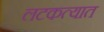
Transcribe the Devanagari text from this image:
लटकत्यात